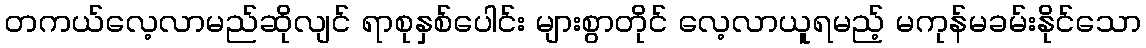
တကယ်လေ့လာမည်ဆိုလျင် ရာစုနှစ်ပေါင်း များစွာတိုင် လေ့လာယူရမည့် မကုန်မခမ်းနိုင်သော